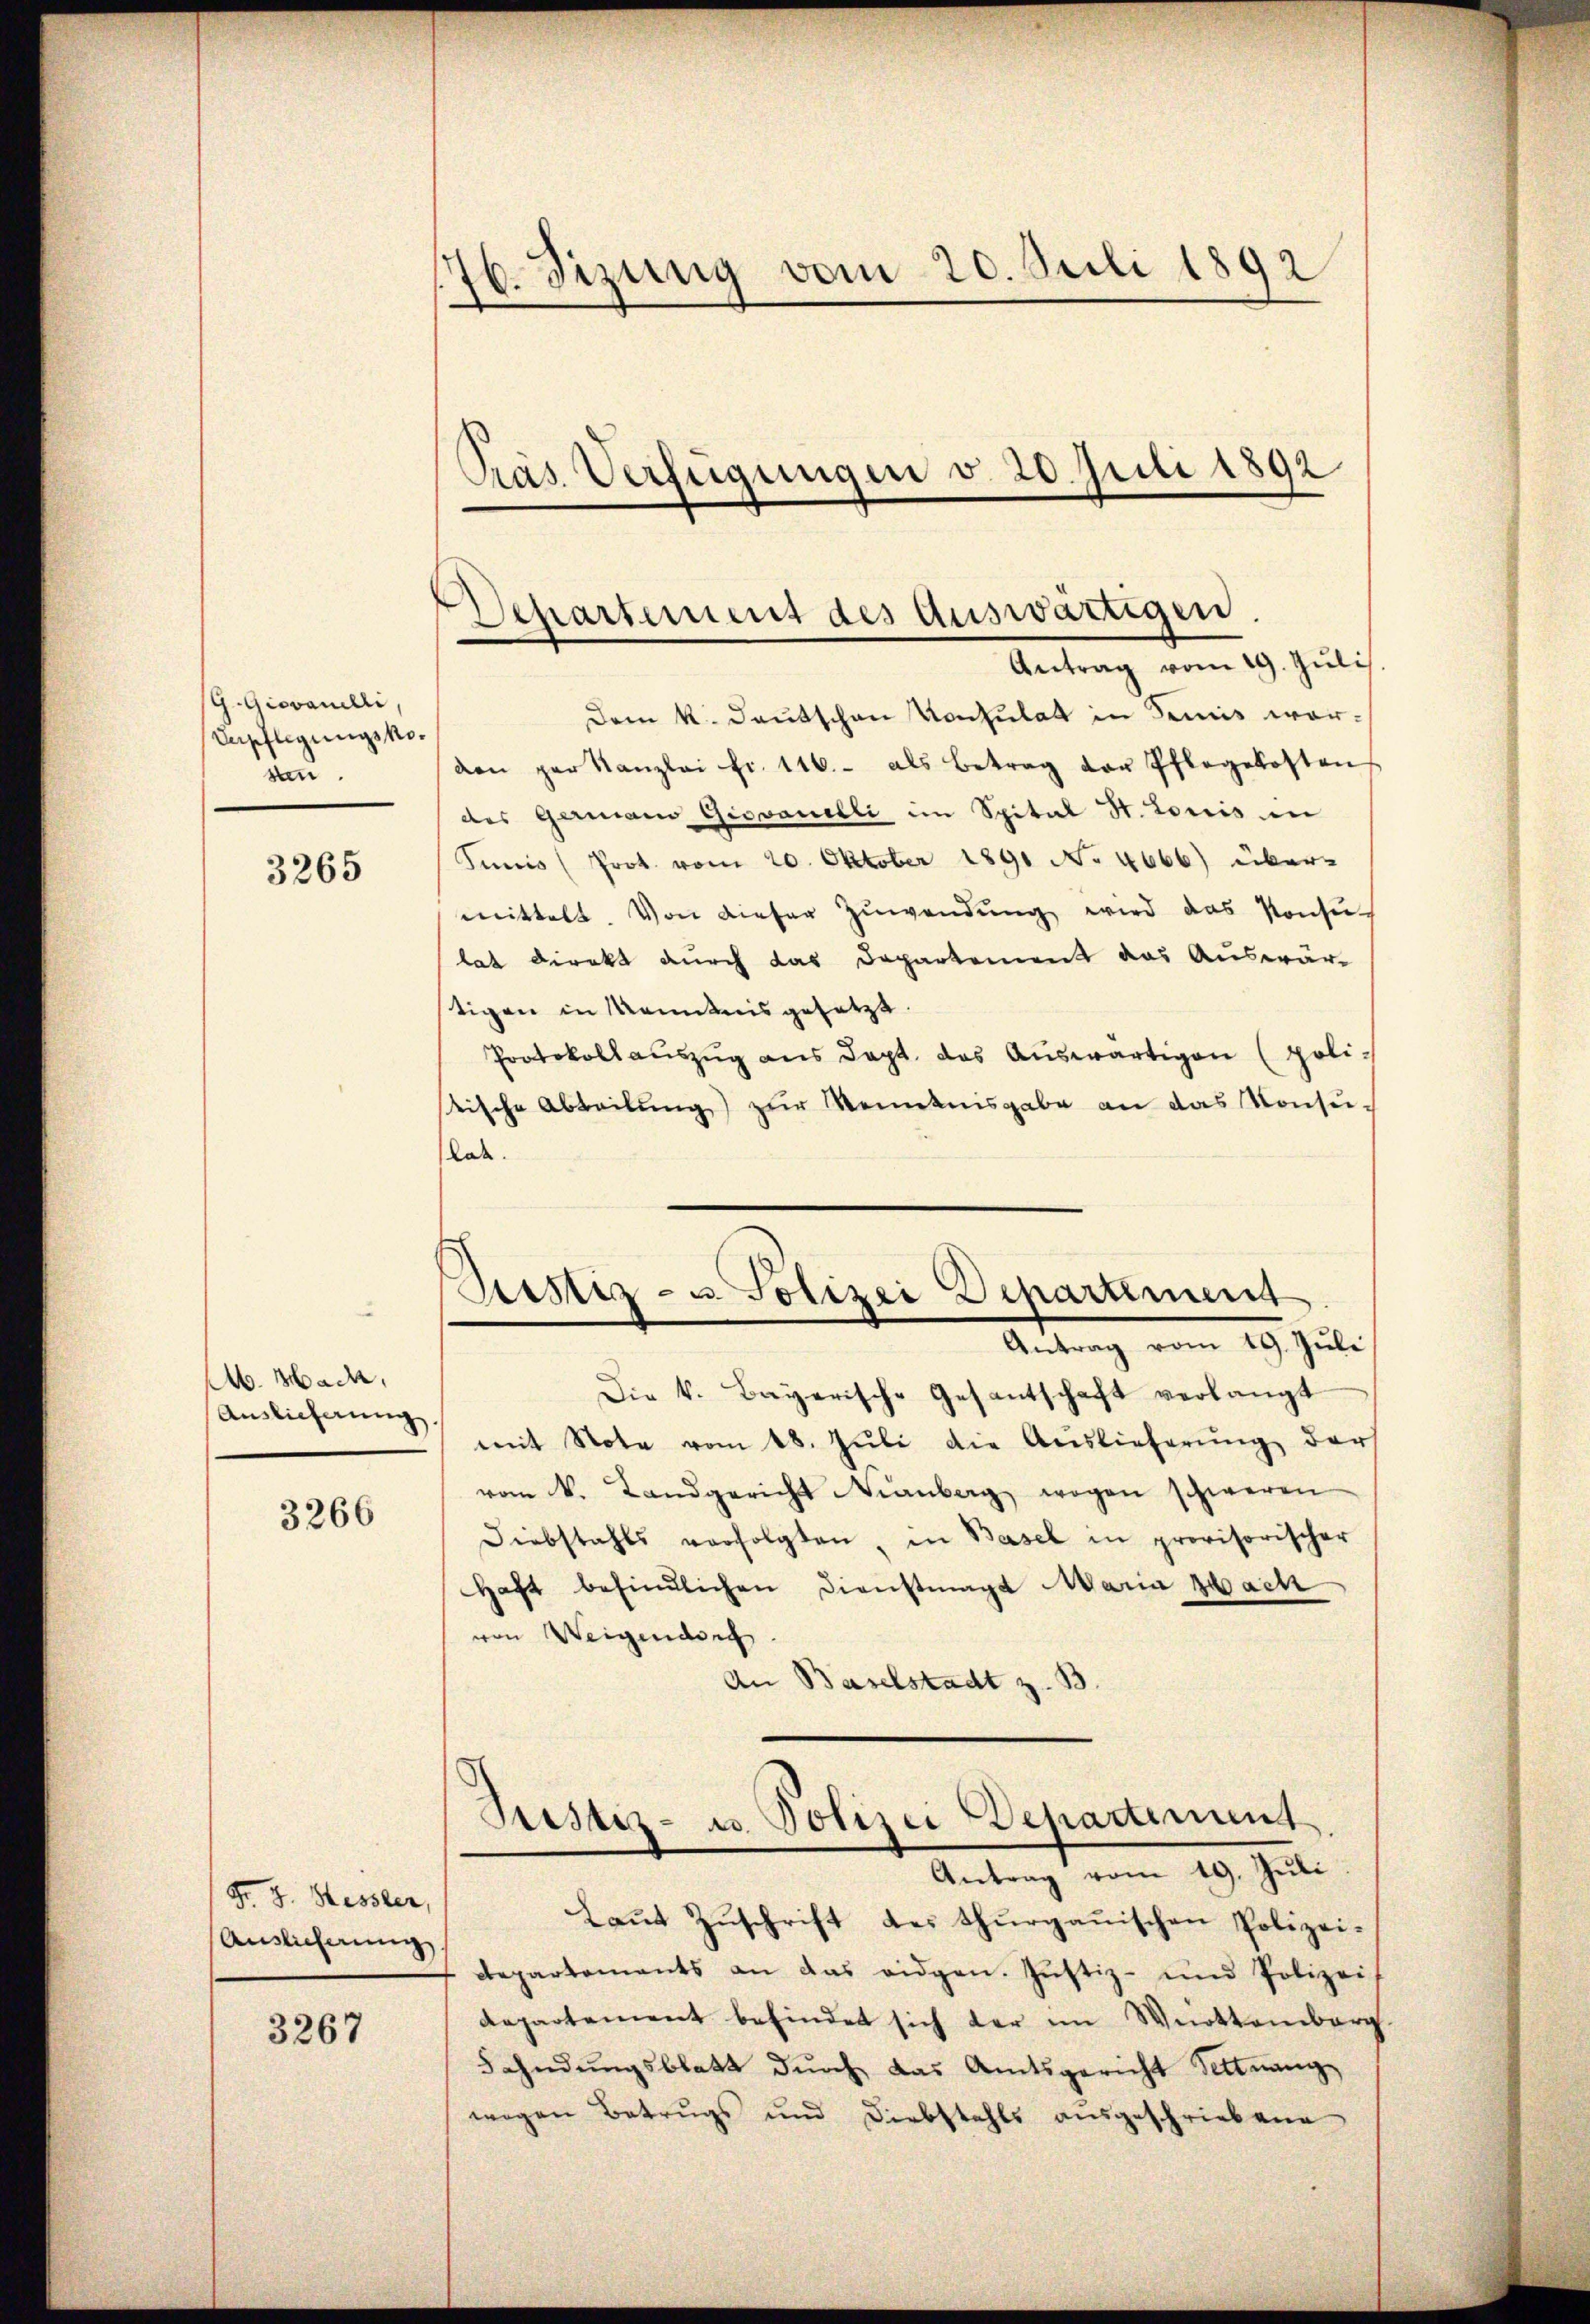
G. Giovanelli
Verpflegungskosen

3265

M. Hader,
Auslieferung.

3266

Fr. 3. Hessler,
Auslicherung

3267

76. Sizung vom 20. Juli 1892
Präs. Verfügungen v. 20. Juli 1892

d
Departement des auswärtigen
Antrag vom 19. Juli

Dem k. Deutschen Konsulat in demnis warven par Kanzlei fr. 116.- als Betrag der Pflegekosten
des Germano Giovanelli im Spital St. Louis in
Junis (Prot. vom 20. Oktober 1891 No 4666) über-
mittelt. Von dieser Zuwendung wird das Konsu-
lat direkt durch das Departement das Auswär-
tigen in Kenntnis gesetzt.
Protokollauszug aus Sept. das Auswärtigen (politische Abteilŭng zŭr Kenntnisgabe an das Konse-
lab.
Ristiz- u. Polizei Departement
Antrag vom 19. Juli
Die k. Bayerische Gesantschaft verlangt
mit Note vom 18. Jŭli die Auslieferŭng der
vom k. Landgericht anberg wegen schweren
Diebstahls verfolgten, in Basel in provisorischer
Haft befindlichen Dienstmagd Maria zwach
von Weigendorf.
An Baselstadt z. B.

Justiz- u. Polizei Departement
Antrag vom 19. Juli

Laŭt Zŭschrift des thurgauischen Polizei-
Departements an das eidgen. Jŭstiz- und Polizei
departement befindet sich der im Württemberg.
Fahndŭngsblatt dŭrch das Amtsgericht Settneng
wegen Betrugs und Diebstahls ausgeschriebene